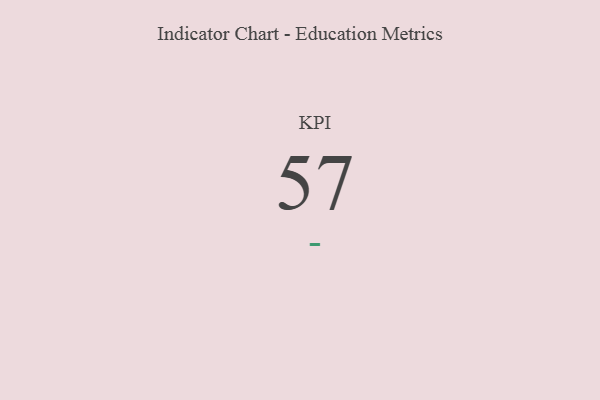
{"axis": {"x": "KPI", "y": "Value"}, "legend": [""], "data": [{"x": "KPI", "y": 57, "type": ""}]}